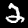
Digit: 2